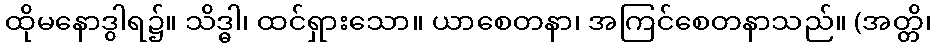
ထိုမနောဒွါရ၌။ သိဒ္ဓါ၊ ထင်ရှားသော။ ယာစေတနာ၊ အကြင်စေတနာသည်။ (အတ္တိ၊